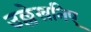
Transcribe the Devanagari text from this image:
उल्लेखनिए